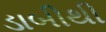
ડાબીથી